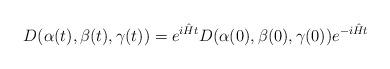
LaTeX: \begin{align*}D( \alpha (t), \beta(t), \gamma (t))= e^{i\hat Ht} D( \alpha (0), \beta(0), \gamma (0)) e^{-i\hat Ht}\end{align*}